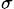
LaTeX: _\sigma